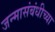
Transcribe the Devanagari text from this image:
जन्मासंबंधीच्या